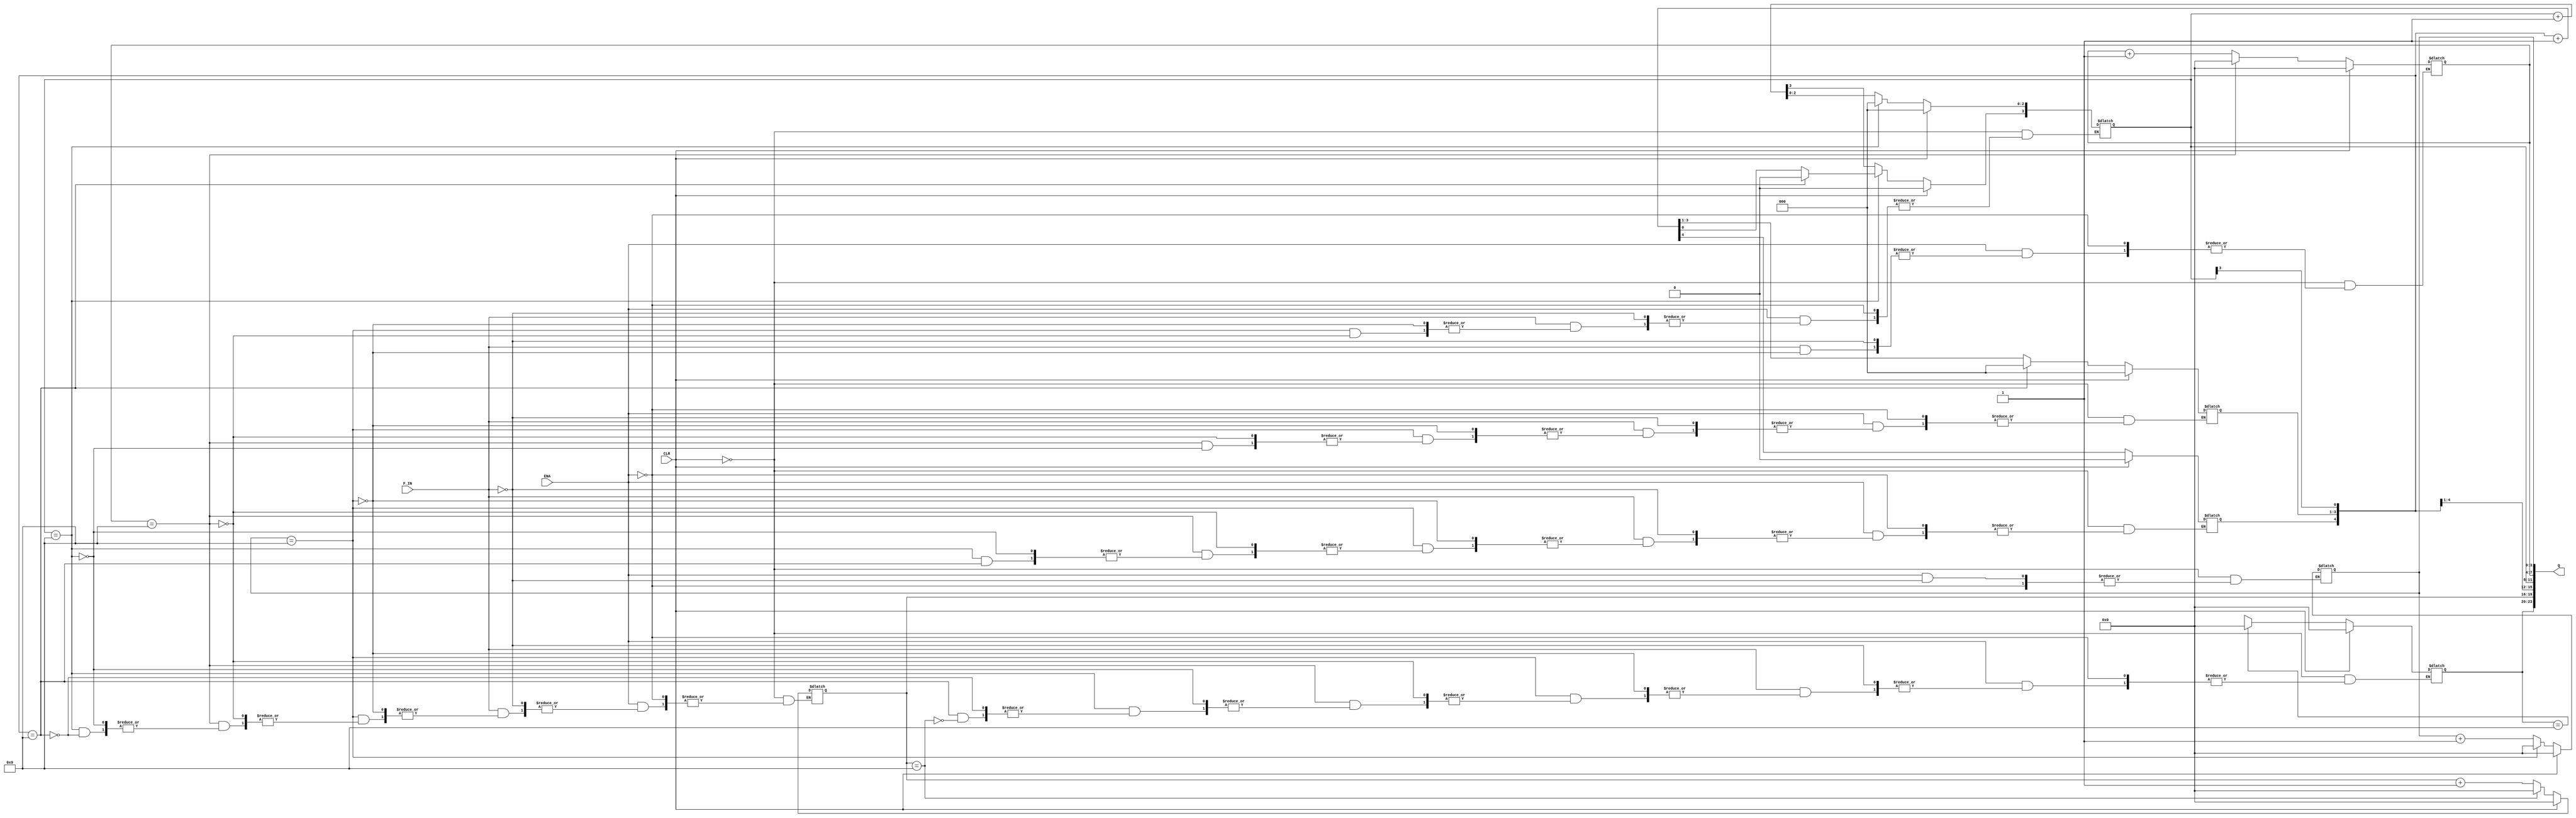
module counter6bit_test(ENA,CLR,F_IN,Q);
    input ENA;
    input CLR;
    input F_IN;
    output [23:0] Q;  
 
    reg [23:0] Q;
    reg F_OUT;
  always @(F_IN or ENA or CLR)
  begin
  if(CLR==1) Q<=0;
  else if(ENA==0) Q<=Q;
  else if(F_IN==1)
  begin
  if(Q[3:0]==4'b1001)
  begin Q[3:0]<=4'b0000;
  if(Q[7:4]==4'b1001) 
  begin
  Q[7:4]<=4'b0000;
  if(Q[11:8]==4'b1001)
  begin
  Q[11:8]<=4'b0000;
  if(Q[15:11]==4'b1001)
  begin
  Q[14:11]<=4'b0000;
  if(Q[19:16]==4'b1001)
  begin 
  Q[19:16]<=4'b0000;
  if(Q[23:20]==4'b1001) Q[23:20]<=4'b0000;
  else Q[23:20]<=Q[24:20]+1;
  end
  else Q[19:16]<=Q[19:16]+1;
  end
  else Q[15:11]<=Q[15:11]+1;
  end
  else Q[11:8]<=Q[11:8]+1;
  end
  else Q[7:4]<=Q[7:4]+1;
  end
  else Q[3:0]<=Q[3:0]+1;
  end
  else Q[23:0]<=Q[23:0];
  end
  endmodule